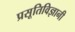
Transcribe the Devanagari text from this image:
प्रसूतिविज्ञानी